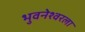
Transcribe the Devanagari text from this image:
भुवनेश्वरला